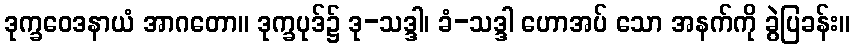
ဒုက္ခဝေဒနာယံ အာဂတော။ ဒုက္ခပုဒ်၌ ဒု-သဒ္ဒါ၊ ခံ-သဒ္ဒါ ဟောအပ် သော အနက်ကို ခွဲပြခန်း။